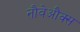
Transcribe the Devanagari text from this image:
नौवेऔक्स